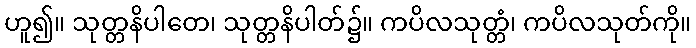
ဟူ၍။ သုတ္တနိပါတေ၊ သုတ္တနိပါတ်၌။ ကပိလသုတ္တံ၊ ကပိလသုတ်ကို။